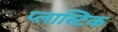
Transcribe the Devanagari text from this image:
प्‍लास्‍टिक